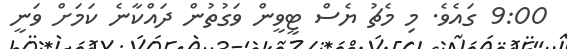
9:00 ގައެވެ. މި މެޗު ޔެސް ޓީވީން ވަގުތުން ދައްކާނެ ކަމަށް ވަނީ